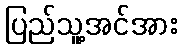
ပြည်သူ့အင်အား